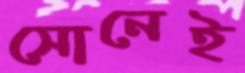
সোনেই